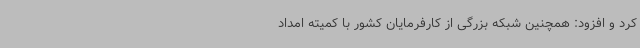
کرد و افزود: همچنین شبکه بزرگی از کارفرمایان کشور با کمیته امداد